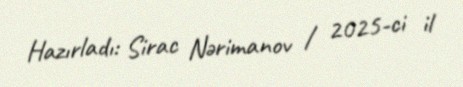
Hazırladı: Sirac Nərimanov / 2025-ci il